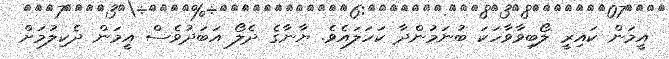
އީމަން ކައިރީ ލޯބިވާވާހަކަ ބުނަމުންދާ ކަހަލައެވެ. ޔާނާގެ ދެލޯ އަބަދުވެސް އީމަން ދެކިލުމަށް